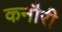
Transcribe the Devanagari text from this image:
कनौरी